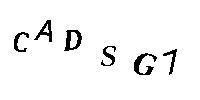
CADSG1